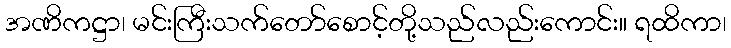
အဏိကဋ္ဌာ၊ မင်းကြီးသက်တော်စောင့်တို့သည်လည်းကောင်း။ ရထိကာ၊